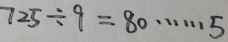
7 2 5 \div 9 = 8 0 \cdots 5